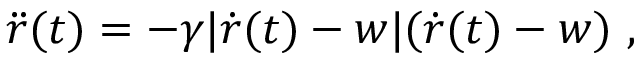
\ddot { r } ( t ) = - \gamma | \dot { r } ( t ) - w | ( \dot { r } ( t ) - w ) \ ,